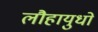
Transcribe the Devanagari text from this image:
लौहायुधों